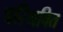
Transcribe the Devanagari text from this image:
परिश्रवित